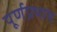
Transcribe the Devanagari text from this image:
पूर्णप्रभाय